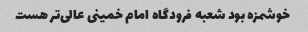
خوشمزه بود شعبه فرودگاه امام خمینی عالی‌تر هست